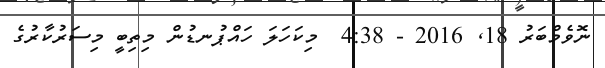
ނޮވެމްބަރު 18